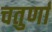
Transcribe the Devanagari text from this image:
चतुर्णां